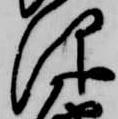
仰